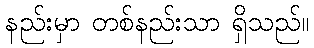
နည်းမှာ တစ်နည်းသာ ရှိသည်။